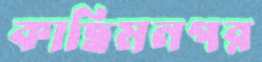
কাছিমনগর